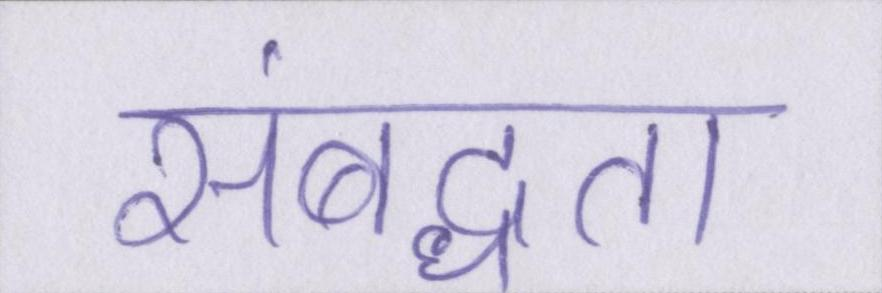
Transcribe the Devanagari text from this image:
संबद्धता